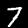
Digit: 7